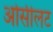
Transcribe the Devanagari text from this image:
ओसीलट